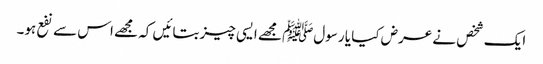
ایک شخص نے عرض کیا یا رسولﷺ مجھے ایسی چیز بتائیں کہ مجھے اس سے نفع ہو۔